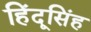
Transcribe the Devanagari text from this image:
हिंदूसिंह